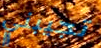
تجيبني